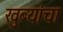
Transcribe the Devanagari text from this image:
खुब्यांचा